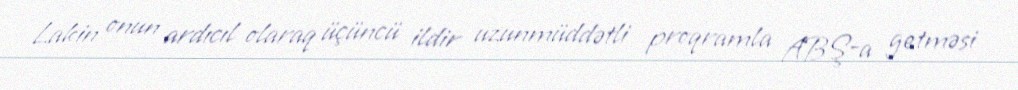
Lakin onun ardıcıl olaraq üçüncü ildir uzunmüddətli proqramla ABŞ-a getməsi